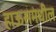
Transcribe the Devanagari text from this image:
हाऊसमधील